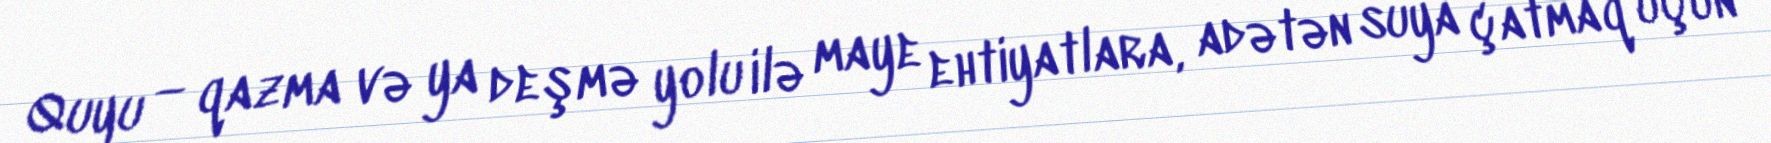
Quyu — qazma və ya deşmə yolu ilə maye ehtiyatlara, adətən suya çatmaq üçün